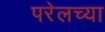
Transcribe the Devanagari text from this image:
परेलच्या